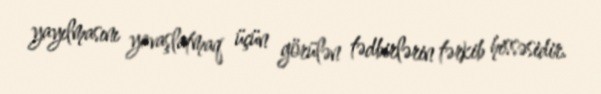
yayılmasını yavaşlatmaq üçün görülən tədbirlərin tərkib hissəsidir.